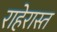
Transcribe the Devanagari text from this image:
राहेरास्त